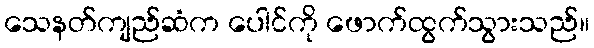
သေနတ်ကျည်ဆံက ပေါင်ကို ဖောက်ထွက်သွားသည်။